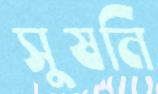
সুষনি